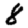
Digit: 8